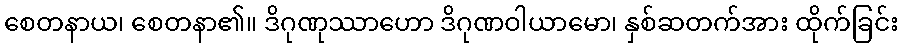
စေတနာယ၊ စေတနာ၏။ ဒိဂုဏုဿာဟော ဒိဂုဏဝါယာမော၊ နှစ်ဆတက်အား ထိုက်ခြင်း